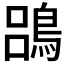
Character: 𪁳